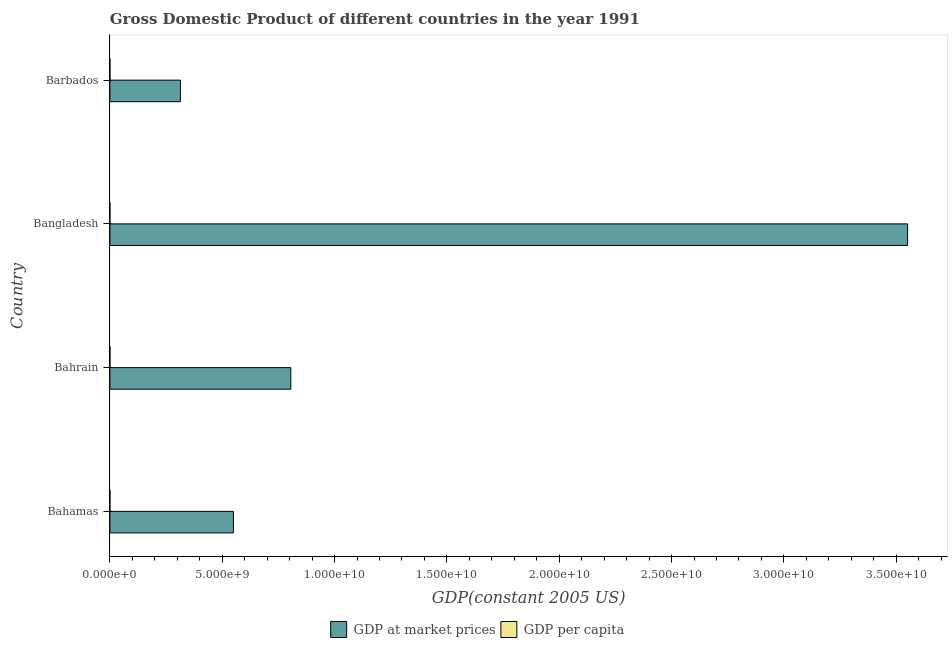
| Country | GDP at market prices | GDP per capita |
 | --- | --- | --- |
 | Bahamas | 5.5e+09 | 2.11e+04 |
 | Bahrain | 8.05e+09 | 1.58e+04 |
 | Bangladesh | 3.55e+10 | 327 |
 | Barbados | 3.14e+09 | 1.2e+04 |